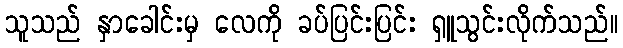
သူသည် နှာခေါင်းမှ လေကို ခပ်ပြင်းပြင်း ရှူသွင်းလိုက်သည်။